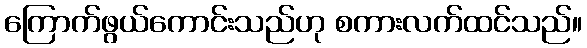
ကြောက်ဖွယ်ကောင်းသည်ဟု စကားလက်ထင်သည်။